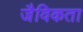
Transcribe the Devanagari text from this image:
जैविकता